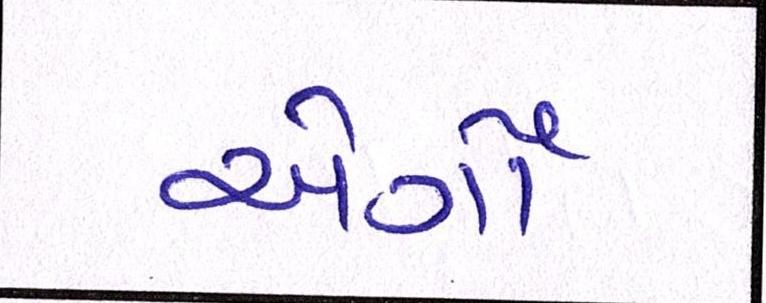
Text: એર્ગો